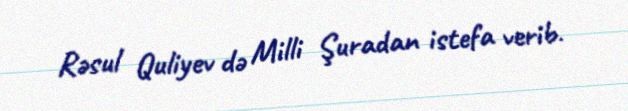
Rəsul Quliyev də Milli Şuradan istefa verib.